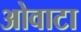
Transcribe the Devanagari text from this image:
ओवाटा